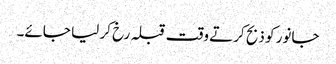
جانور کو ذبح کرتے وقت قبلہ رخ کر لیا جائے۔